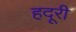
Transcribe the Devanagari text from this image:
हदूरी